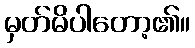
မှတ်မိပါတော့၏။